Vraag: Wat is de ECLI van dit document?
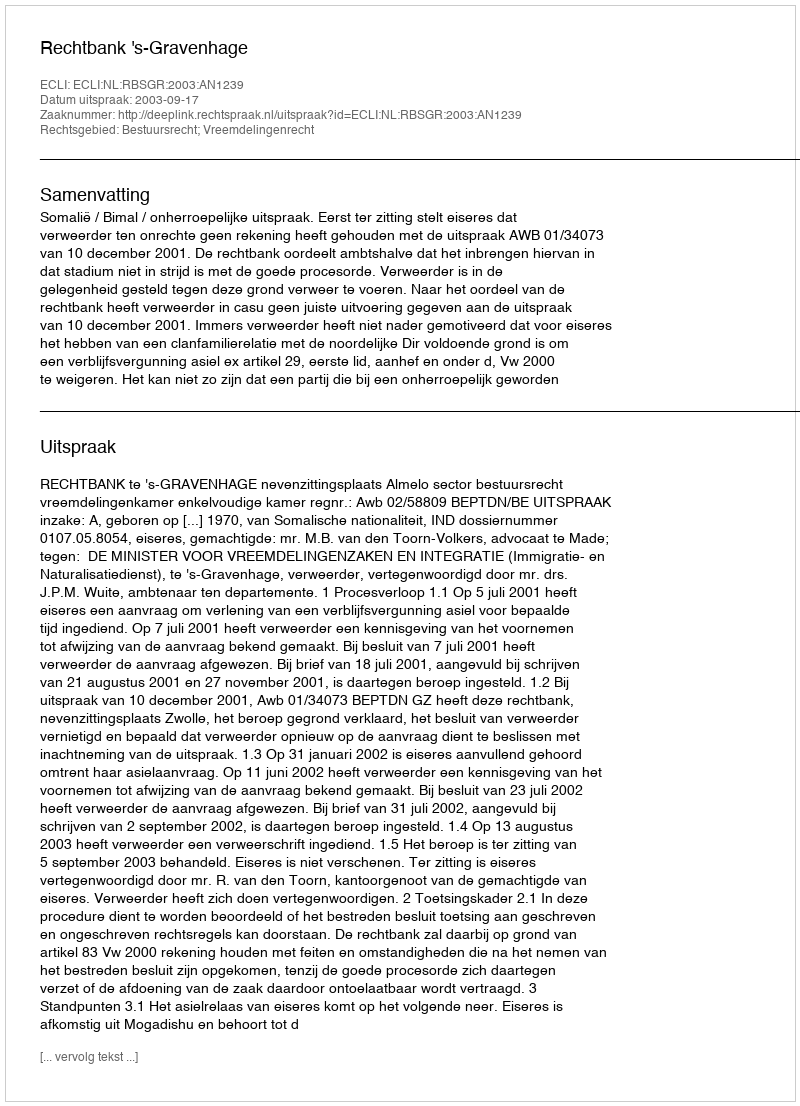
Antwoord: ECLI:NL:RBSGR:2003:AN1239